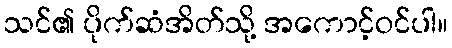
သင်၏ ပိုက်ဆံအိတ်သို့ အကောင့်ဝင်ပါ။